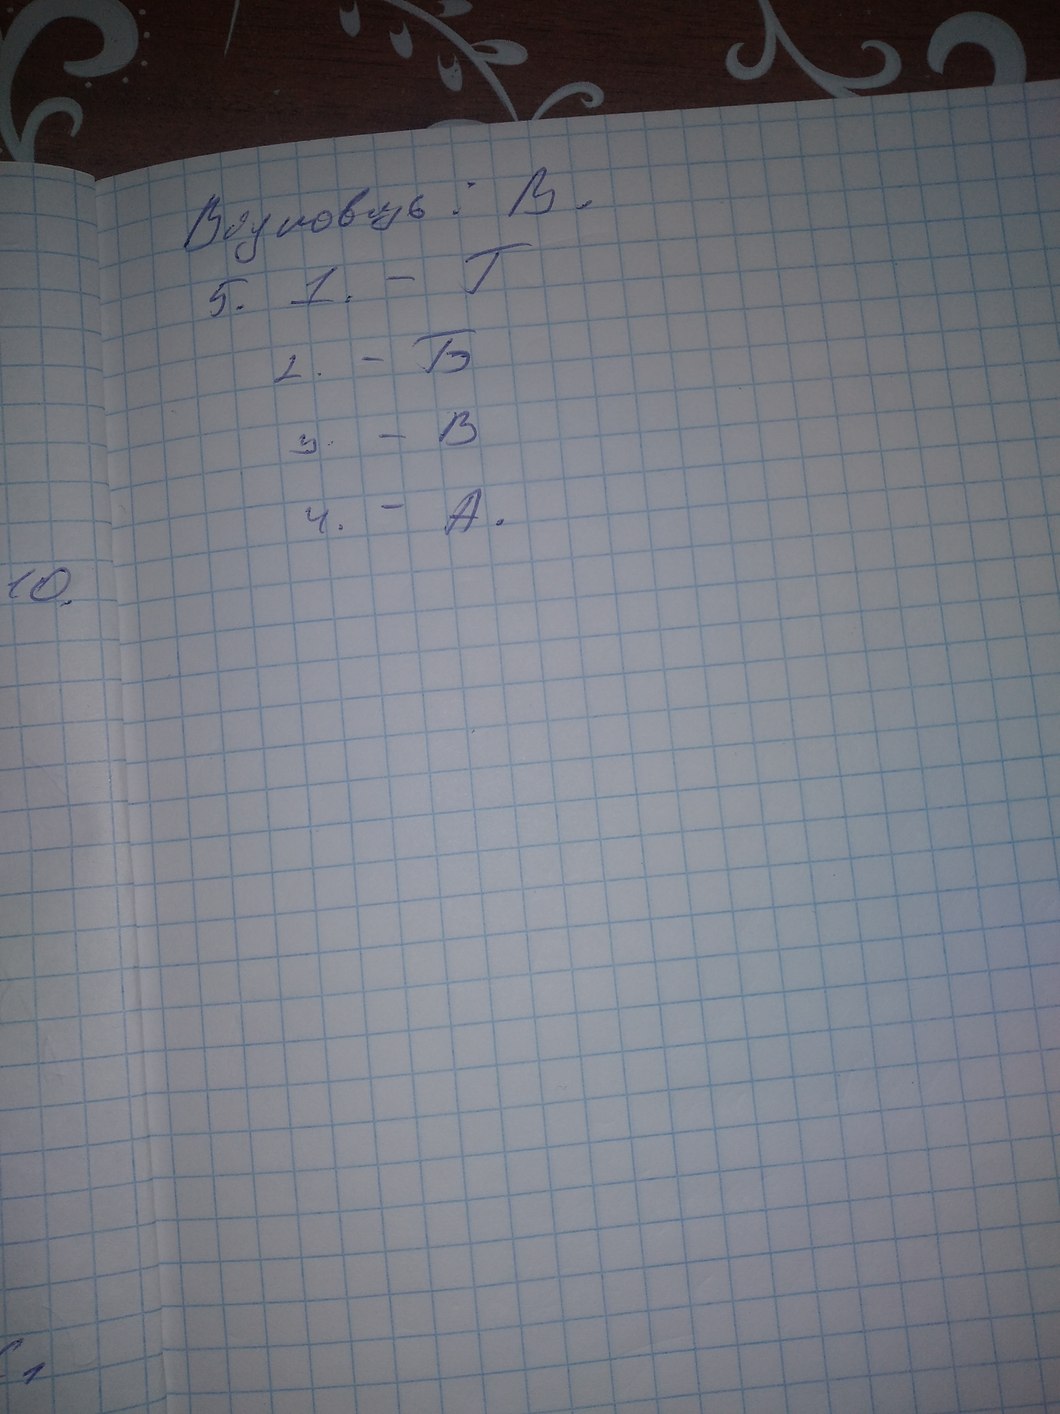
Відповідь: В.
5. 1. - Г
2. - Б
3. - В
4. - A.
10.
1